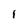
Character: 1